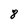
Character: 8